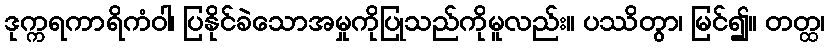
ဒုက္ကရကာရိကံဝါ၊ ပြနိုင်ခဲသောအမှုကိုပြုသည်ကိုမူလည်း။ ပဿိတွာ၊ မြင်၍။ တတ္ထ၊